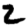
Digit: 2